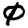
Digit: 0